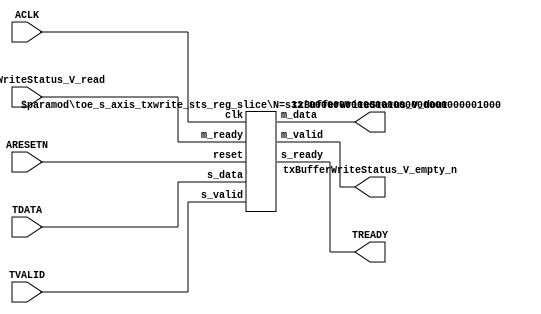
// This program was cloned from: https://github.com/mustafabbas/ECE1373_2016_hft_on_fpga
// License: MIT License

// ==============================================================
// File generated by Vivado(TM) HLS - High-Level Synthesis from C, C++ and SystemC
// Version: 2015.1
// Copyright (C) 2015 Xilinx Inc. All rights reserved.
// 
// ==============================================================


`timescale 1ns/1ps

module toe_s_axis_txwrite_sts_if (
    // AXI4-Stream singals
    input  wire       ACLK,
    input  wire       ARESETN,
    input  wire       TVALID,
    output wire       TREADY,
    input  wire [7:0] TDATA,
    // User signals
    output wire [7:0] txBufferWriteStatus_V_dout,
    output wire       txBufferWriteStatus_V_empty_n,
    input  wire       txBufferWriteStatus_V_read
);
//------------------------Local signal-------------------
// register slice
wire [0:0] s_valid;
wire [0:0] s_ready;
wire [7:0] s_data;
wire [0:0] m_valid;
wire [0:0] m_ready;
wire [7:0] m_data;

//------------------------Instantiation------------------
// rs
toe_s_axis_txwrite_sts_reg_slice #(
    .N       ( 8 )
) rs (
    .clk     ( ACLK ),
    .reset   ( ARESETN ),
    .s_data  ( s_data ),
    .s_valid ( s_valid ),
    .s_ready ( s_ready ),
    .m_data  ( m_data ),
    .m_valid ( m_valid ),
    .m_ready ( m_ready )
);

//------------------------Body---------------------------
// AXI4-Stream
assign TREADY                        = s_ready;
// Register Slice
assign s_valid                       = TVALID;
assign m_ready                       = txBufferWriteStatus_V_read;
assign s_data[7:0]                   = TDATA[7:0];
// User Signal
assign txBufferWriteStatus_V_empty_n = m_valid;
assign txBufferWriteStatus_V_dout    = m_data;

endmodule



`timescale 1ns/1ps

module toe_s_axis_txwrite_sts_reg_slice
#(parameter
    N = 8   // data width
) (
    // system signals
    input  wire         clk,
    input  wire         reset,
    // slave side
    input  wire [N-1:0] s_data,
    input  wire         s_valid,
    output wire         s_ready,
    // master side
    output wire [N-1:0] m_data,
    output wire         m_valid,
    input  wire         m_ready
);
//------------------------Parameter----------------------
// state
localparam [1:0]
    ZERO = 2'b10,
    ONE  = 2'b11,
    TWO  = 2'b01;
//------------------------Local signal-------------------
reg  [N-1:0] data_p1;
reg  [N-1:0] data_p2;
wire         load_p1;
wire         load_p2;
wire         load_p1_from_p2;
reg          s_ready_t;
reg  [1:0]   state;
reg  [1:0]   next;
//------------------------Body---------------------------
assign s_ready = s_ready_t;
assign m_data  = data_p1;
assign m_valid = state[0];

assign load_p1 = (state == ZERO && s_valid) ||
                 (state == ONE && s_valid && m_ready) ||
                 (state == TWO && m_ready);
assign load_p2 = s_valid & s_ready;
assign load_p1_from_p2 = (state == TWO);

// data_p1
always @(posedge clk) begin
    if (load_p1) begin
        if (load_p1_from_p2)
            data_p1 <= data_p2;
        else
            data_p1 <= s_data;
    end
end

// data_p2
always @(posedge clk) begin
    if (load_p2) data_p2 <= s_data;
end

// s_ready_t
always @(posedge clk) begin
    if (~reset)
        s_ready_t <= 1'b0;
    else if (state == ZERO)
        s_ready_t <= 1'b1;
    else if (state == ONE && next == TWO)
        s_ready_t <= 1'b0;
    else if (state == TWO && next == ONE)
        s_ready_t <= 1'b1;
end

// state
always @(posedge clk) begin
    if (~reset)
        state <= ZERO;
    else
        state <= next;
end

// next
always @(*) begin
    case (state)
        ZERO:
            if (s_valid & s_ready)
                next = ONE;
            else
                next = ZERO;
        ONE:
            if (~s_valid & m_ready)
                next = ZERO;
            else if (s_valid & ~m_ready)
                next = TWO;
            else
                next = ONE;
        TWO:
            if (m_ready)
                next = ONE;
            else
                next = TWO;
        default:
            next = ZERO;
    endcase
end

endmodule